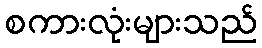
စကားလုံးများသည်